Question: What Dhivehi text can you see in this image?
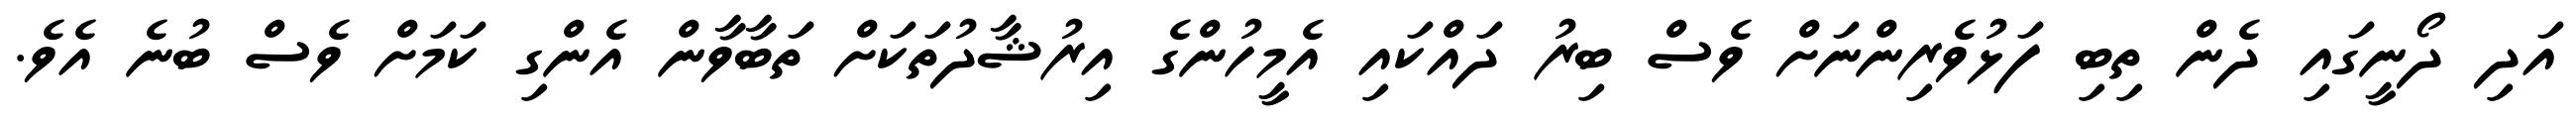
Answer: އަދި ދޯނީގައި ދެން ތިބި ފަޅުވެރިންނަށް ވެސް ބިރު ދައްކައި އެމީހުންގެ އިރުޝާދުތަކަށް ތަބާވާން އެންގި ކަމަށް ވެސް ބުނެ އެވެ.